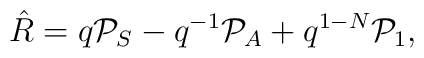
\hat R=q{\cal P}_S-q^{-1}{\cal P}_A +q^{1-N}{\cal P}_1 ,